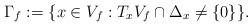
LaTeX: \begin{align*}\Gamma_f:=\{x\in V_f: T_xV_f\cap\Delta_x\not=\{0\}\}.\end{align*}